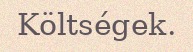
Költségek.